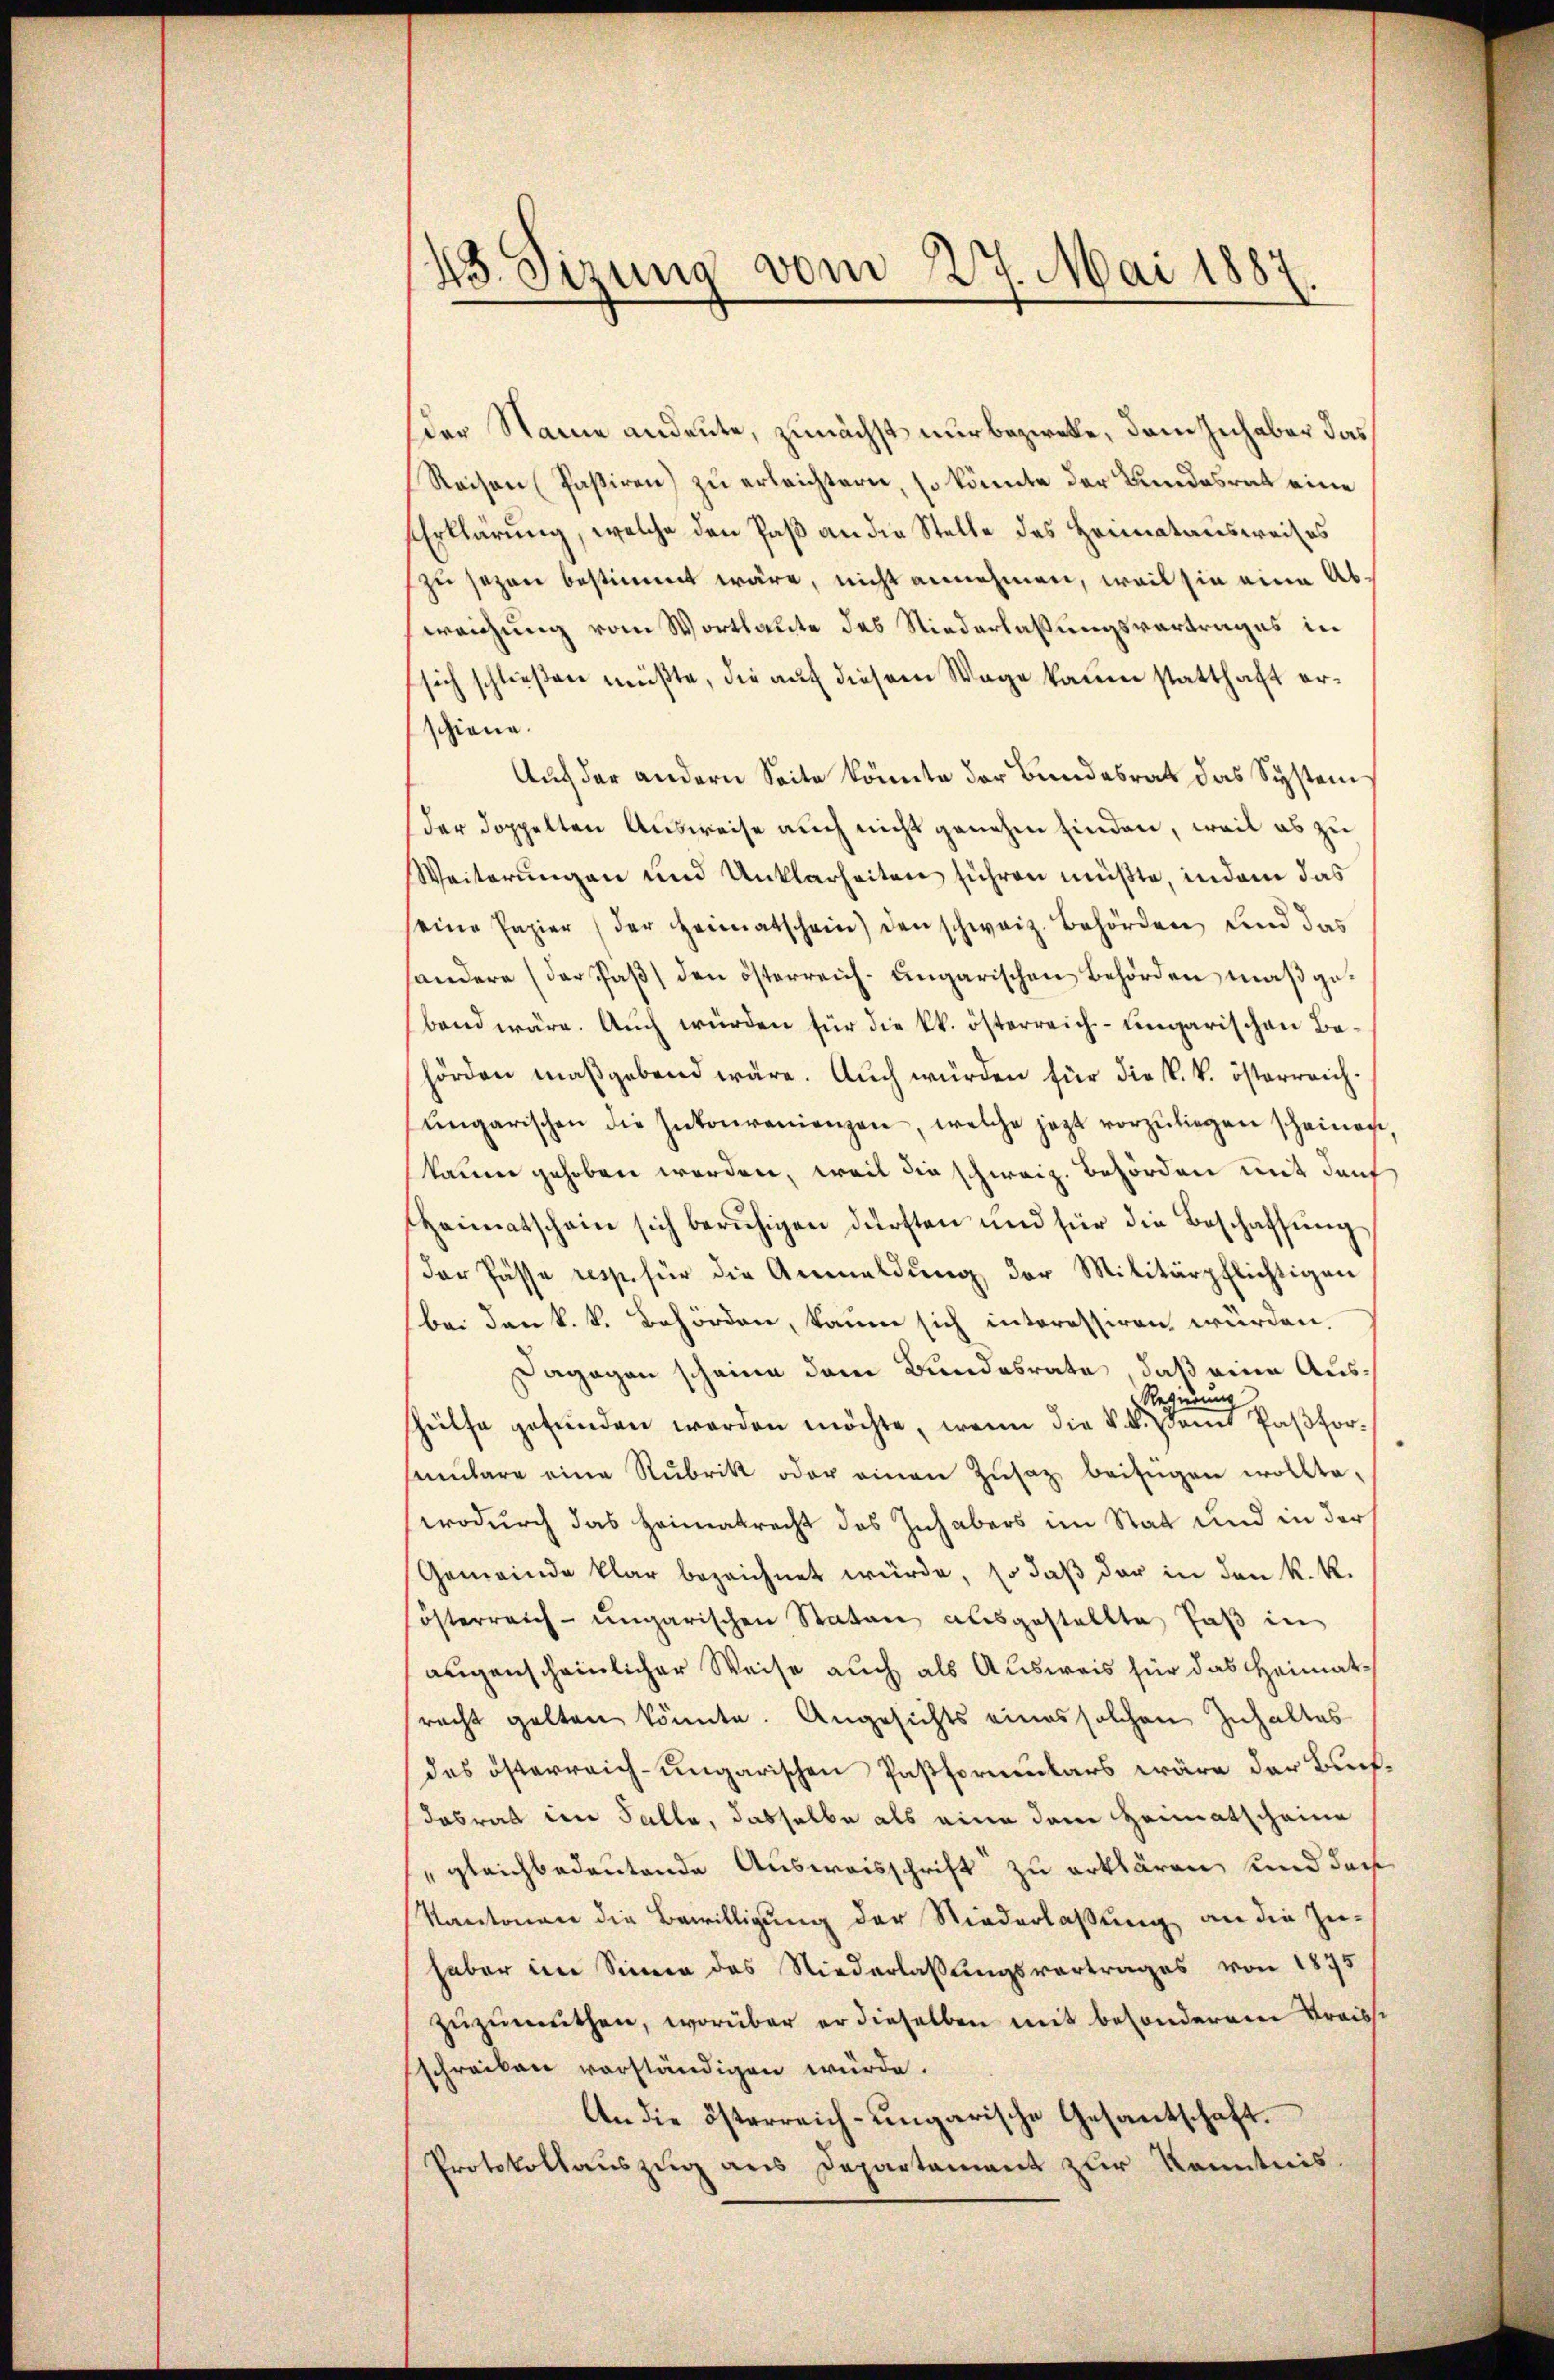
43. Sizung vom 2
1. Mai 1887.

der Name andeute, zunächst nur beziehe, dem Inhaber das
Reisen (Passiren) zu erleichtern, so könnte der Bundesrat eine
Erklärung, welche den Paß an die Stelle des Heimatausweises
zu sezen bestimmt wäre, nicht annehmen, weil sie eine Abweichung vom Wortlaute des Niederlaßungsvertrages in
sich schließen müßte, die auf diesem Wage kaum statthaft erschiene.
Auf der andern Seite könnte der Bundesrat das System
der doppelten Ausweise auch nicht genehm finden, weil es zu
Weiterungen und Unklarheiten führen müßte, indem das
eine Papier (der Heimatschein) den schweiz. Behörden, und das
sondere (der Paβ den österreich-ungarischen Behörden maßgebend wäre. Auch würden für die kk. österreich-ungarischen Behörden maßgebend wäre. Auch würden für die k. k. österreich.
ŭngarischen die Inkonvenienzen, welche jezt vorzuliegen scheinen,
kaum gehoben werden, weil die schweiz. Behörden mit dan
Heimatschein sich berŭhigen dürften und für die Beschaffŭng
der Pässe resp. für die Anmeldŭng der Militärpflichtigen
bei den k. k. Behörden, kaum sich interessiren würden.
Dagegen scheine dem Bundesrate, daß eine Aus¬
Regierung
Hhülfe gefunden worden möchte, wenn die k. k. Dann Pastorsumbare eine Rubrik oder einen Zŭsatz beifügen wollte,
wodurch das Heimatrecht des Inhabers im Stat und in der
Gemeinde klar bezeichnet würde, so daß der in den k. k.
sösterreich-ungarischen Staten ausgestellte Paß in
augenscheinlicher Weise auch als Ausweis für das Heimatracht gelten könnte. Angesichts eines solchen Inhaltes
des österreich-ungarischen Pastformulars wäre der Buchdasrat im Falle, dasselbe als eine dem Heimatscheine
gleichbedeutende Ausweisschrift zu erklären und den
Kantonen die Bewilligung der Niederlaßung an die Zu-
haber im Sinne des Niederlassungsvortrages von 1875
zuzumuthen, worüber er dieselben mit besondereren Kreisse
schreiben vorständigen würde.
An die österreich-ungarische Gesantschaft.
Protokollauszug aus Departement zur Kenntnis.